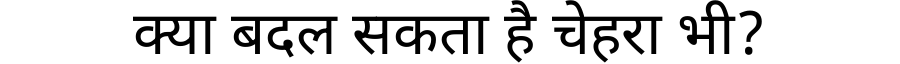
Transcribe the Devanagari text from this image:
क्या बदल सकता है चेहरा भी?